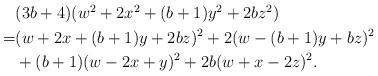
LaTeX: \begin{align*}\begin{aligned} &(3b+4)(w^2+2x^2+(b+1)y^2+2bz^2)\\=&(w+2x+(b+1)y+2bz)^2+2(w-(b+1)y+bz)^2\\&+(b+1)(w-2x+y)^2+2b(w+x-2z)^2.\end{aligned}\end{align*}